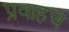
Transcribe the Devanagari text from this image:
प्रवाहच